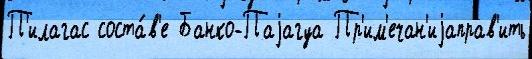
П'илагас соста́в'е Банко-Паjагуа Пр'им'ечан'иjаправ'ить